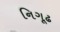
નિગૂઢ